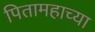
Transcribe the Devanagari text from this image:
पितामहाच्या